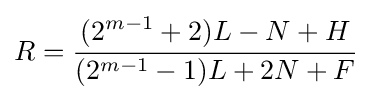
R={\cfrac {(2^{m-1}+2)L-N+H}{(2^{m-1}-1)L+2N+F}}~